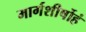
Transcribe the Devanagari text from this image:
मार्गशीर्षोहं